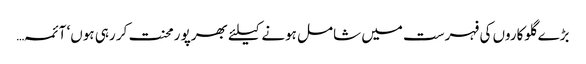
بڑے گلوکاروں کی فہرست میں شامل ہونے کیلئے بھرپو رمحنت کر رہی ہوں‘ آئمہ…